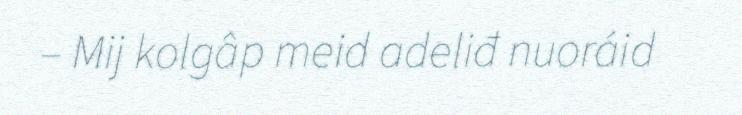
– Mij kolgâp meid adeliđ nuoráid